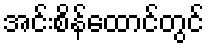
အင်းစိန်ထောင်တွင်